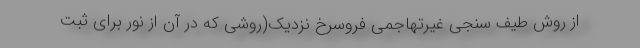
از روش طیف سنجی غیرتهاجمی فروسرخ نزدیک(روشی که در آن از نور برای ثبت